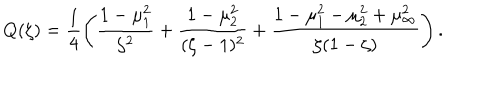
Q ( \zeta ) = \frac { 1 } { 4 } \left( \frac { 1 - \mu _ { 1 } ^ { 2 } } { \zeta ^ { 2 } } + \frac { 1 - \mu _ { 2 } ^ { 2 } } { ( \zeta - 1 ) ^ { 2 } } + \frac { 1 - \mu _ { 1 } ^ { 2 } - \mu _ { 2 } ^ { 2 } + \mu _ { \infty } ^ { 2 } } { \zeta ( 1 - \zeta ) } \right) .